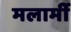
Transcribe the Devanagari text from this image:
मलार्मी